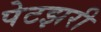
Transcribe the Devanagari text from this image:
पेटझरी